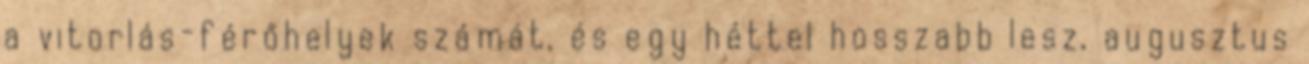
a vitorlás-férőhelyek számát, és egy héttel hosszabb lesz, augusztus